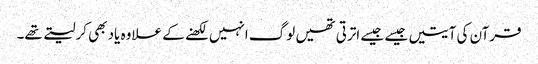
قرآن کی آیتیں جیسے جیسے اترتی تھیں لوگ انہیں لکھنے کے علاوہ یاد بھی کرلیتے تھے۔